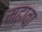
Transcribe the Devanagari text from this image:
मढ़ावा